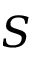
S